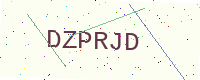
Text: DZPRJD